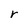
Character: r